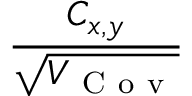
\frac { C _ { x , y } } { \sqrt { V _ { \mathrm { ~ C ~ o ~ v ~ } } } }